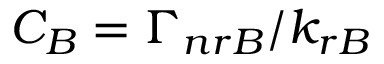
C _ { B } = \Gamma _ { n r B } / k _ { r B }